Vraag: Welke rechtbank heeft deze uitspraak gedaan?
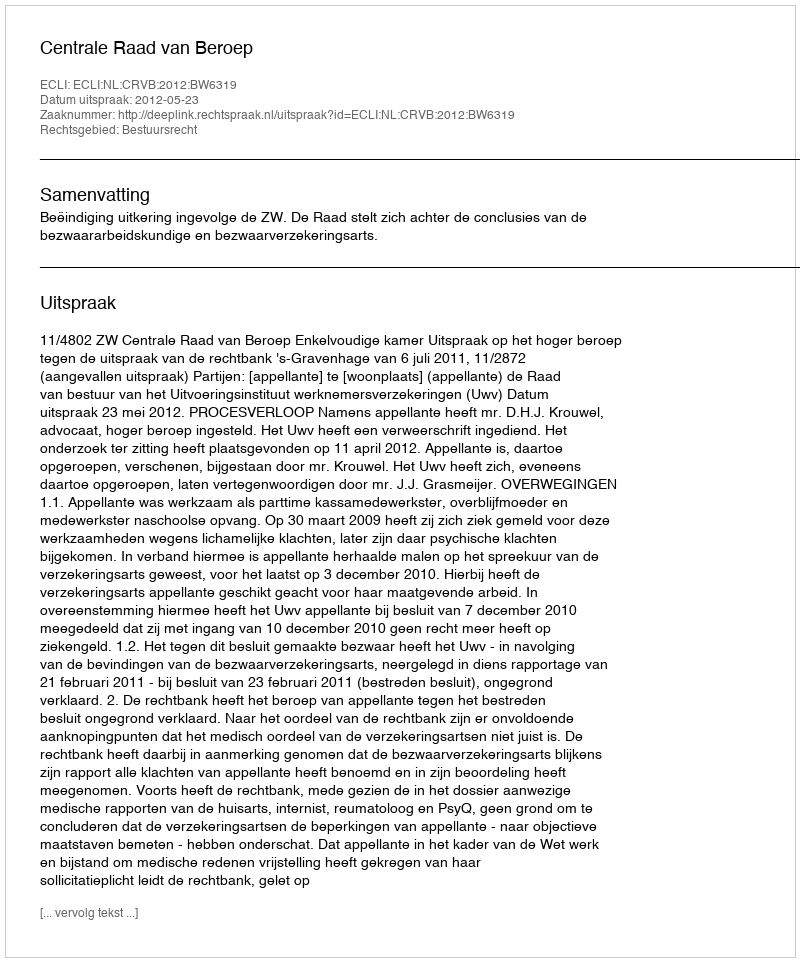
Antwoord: Centrale Raad van Beroep